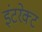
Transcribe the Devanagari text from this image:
इंटरेक्ट